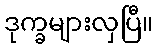
ဒုက္ခများလှပြီ။